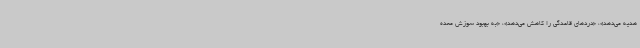
هدیه می‌دهد»، «دردهای قاعدگی را کاهش می‌دهد»، «به بهبود سوزش معده